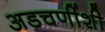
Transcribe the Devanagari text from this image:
अडचणींशी